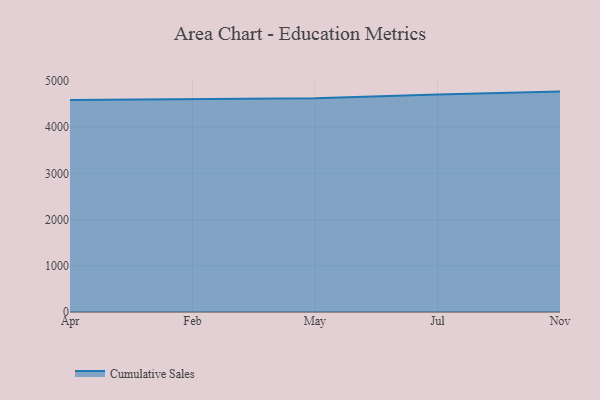
{"axis": {"x": "Month", "y": "Humidity (%)"}, "legend": ["Cumulative Sales"], "data": [{"x": "Apr", "y": 4583.7, "type": "Cumulative Sales"}, {"x": "Feb", "y": 4605.7, "type": "Cumulative Sales"}, {"x": "May", "y": 4622.4, "type": "Cumulative Sales"}, {"x": "Jul", "y": 4705.6, "type": "Cumulative Sales"}, {"x": "Nov", "y": 4767.4, "type": "Cumulative Sales"}]}